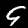
Label: 9